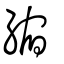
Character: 縮